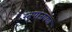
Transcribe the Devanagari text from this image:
स्तूपाजवळ